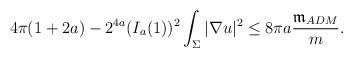
LaTeX: \begin{align*}\begin{aligned}&4 \pi (1+2a)- 2^{4a} (I_{a}(1))^{2} \int_{\Sigma} |\nabla u|^2\le 8\pi a \frac{\mathfrak{m}_{ADM}}{m}. \end{aligned}\end{align*}